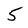
Character: 5